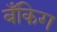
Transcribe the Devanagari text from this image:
बँकिग